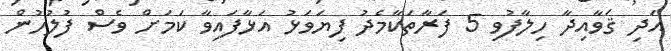
އަދި ޤަވާއިދާ ހިލާފުވި 5 ފަރާތަކާމެދު ފިޔަވަޅު އަޅާފައިވާ ކަމަށް ވެސް ފުލުހުން